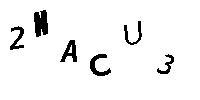
2NACU3